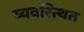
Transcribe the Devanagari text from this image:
व्यवस्त्थित